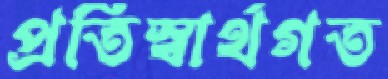
প্রতিস্বার্থগত